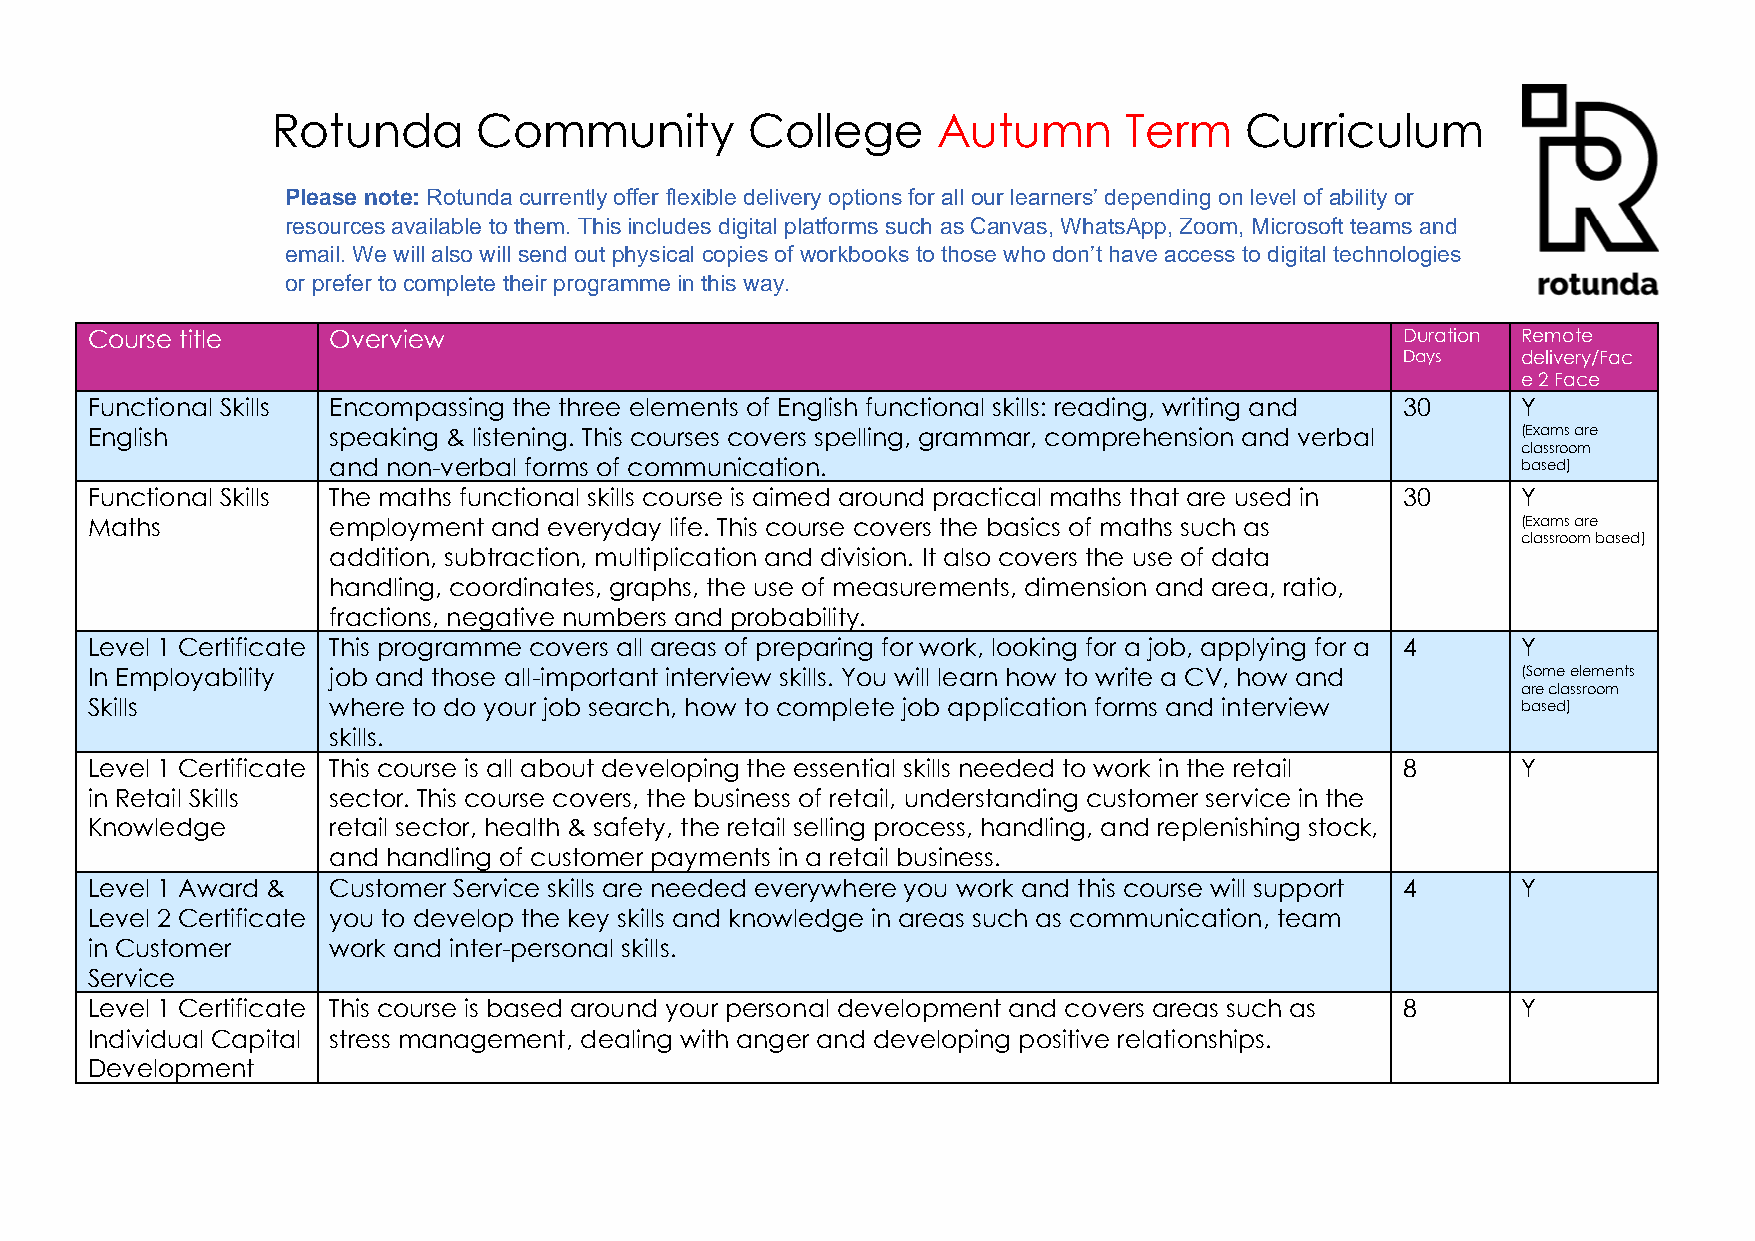
Rotunda       Community        College      Autumn      Term    Curriculum
 Please note: Rotunda currently offer flexible delivery options for all our learners’ depending on level of ability or
 resources available to them. This includes digital platforms such as Canvas, WhatsApp, Zoom, Microsoft teams and
 email. We will also will send out physical copies of workbooks to those who don’t have access to digital technologies
 or prefer to complete their programme in this way.
 Course title    Overview                                                               Duration Remote
 Days    delivery/Fac
 e 2 Face
 Functional Skills Encompassing the three elements of English functional skills: reading, writing and 30 Y
 English         speaking & listening. This courses covers spelling, grammar, comprehension and verbal (Exams are
 classroom
 and non-verbal forms of communication.                                         based)
 Functional Skills The maths functional skills course is aimed around practical maths that are used in 30 Y
 Maths           employment and everyday life. This course covers the basics of maths such as   (Exams are
 classroom based)
 addition, subtraction, multiplication and division. It also covers the use of data
 handling, coordinates, graphs, the use of measurements, dimension and area, ratio,
 fractions, negative numbers and probability.
 Level 1 Certificate This programme covers all areas of preparing for work, looking for a job, applying for a 4 Y
 In Employability job and those all-important interview skills. You will learn how to write a CV, how and (Some elements
 are classroom
 Skills          where to do your job search, how to complete job application forms and interview based)
 skills.
 Level 1 Certificate This course is all about developing the essential skills needed to work in the retail 8 Y
 in Retail Skills sector. This course covers, the business of retail, understanding customer service in the
 Knowledge       retail sector, health & safety, the retail selling process, handling, and replenishing stock,
 and handling of customer payments in a retail business.
 Level 1 Award & Customer Service skills are needed everywhere you work and this course will support 4 Y
 Level 2 Certificate you to develop the key skills and knowledge in areas such as communication, team
 in Customer     work and inter-personal skills.
 Service
 Level 1 Certificate This course is based around your personal development and covers areas such as 8 Y
 Individual Capital stress management, dealing with anger and developing positive relationships.
 Development